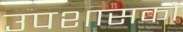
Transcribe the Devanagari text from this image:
उपशासकों